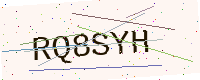
Text: RQ8SYH